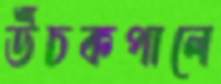
উঁচকপালে